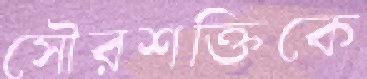
সৌরশক্তিকে